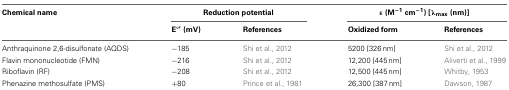
<table><thead><tr><td><b>Chemical name</b></td><td colspan="2"><b>Reduction potential</b></td><td colspan="2"><b>ε (M<sup>−1</sup> cm<sup>−1</sup>) [λ<sub>max</sub> (nm)]</b></td></tr><tr><td></td><td><b>E°′ (mV)</b></td><td><b>References</b></td><td><b>Oxidized form</b></td><td><b>References</b></td></tr></thead><tbody><tr><td>Anthraquinone 2,6-disulfonate (AQDS)</td><td>−185</td><td>Shi et al., 2012</td><td>5200 [326 nm]</td><td>Shi et al., 2012</td></tr><tr><td>Flavin mononucleotide (FMN)</td><td>−216</td><td>Shi et al., 2012</td><td>12,200 [445 nm]</td><td>Aliverti et al., 1999</td></tr><tr><td>Riboflavin (RF)</td><td>−208</td><td>Shi et al., 2012</td><td>12,500 [445 nm]</td><td>Whitby, 1953</td></tr><tr><td>Phenazine methosulfate (PMS)</td><td>+80</td><td>Prince et al., 1981</td><td>26,300 [387 nm]</td><td>Dawson, 1987</td></tr></tbody></table>